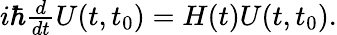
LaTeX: \begin{array}{r}{i\hbar\frac{d}{dt}U(t,t_{0})=H(t)U(t,t_{0}).}\end{array}